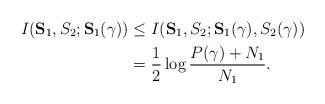
LaTeX: \begin{align*}I(\mathbf{S}_1,S_2;\mathbf{S}_1(\gamma))&\leq I(\mathbf{S}_1,S_2;\mathbf{S}_1(\gamma),S_2(\gamma))\\&=\frac{1}{2}\log\frac{P(\gamma)+N_1}{N_1}.\end{align*}